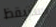
يستيقظ